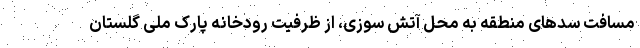
مسافت سدهای منطقه به محل آتش سوزی، از ظرفیت رودخانه پارک ملی گلستان